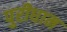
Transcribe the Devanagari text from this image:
पुरीधाम